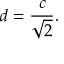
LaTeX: d = { \frac { c } { \sqrt { 2 } } } .